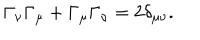
\Gamma _ { \nu } \Gamma _ { \mu } + \Gamma _ { \mu } \Gamma _ { \nu } = 2 \delta _ { \mu \nu } .